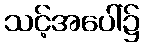
သင့်အပေါ်၌